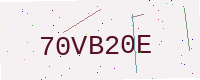
Text: 70VB20E